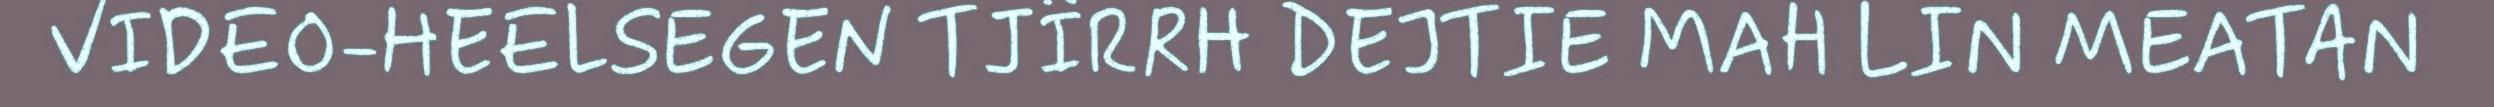
VIDEO-HEELSEGEN TJÏRRH DEJTIE MAH LIN MEATAN